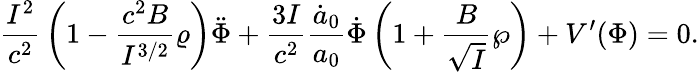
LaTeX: {\frac{I^{2}}{c^{2}}}\left(1-{\frac{c^{2}B}{I^{3/2}}}\varrho\right)\ddot{\Phi}+{\frac{3I}{c^{2}}}{\frac{\dot{a}_{0}}{a_{0}}}\dot{\Phi}\left(1+{\frac{B}{\sqrt{I}}}\wp\right)+V^{\prime}(\Phi)=0.